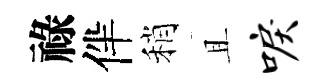
祿伴稍且唳